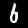
Digit: 6